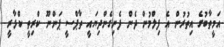
އަމީތާބުގެ އިތުރުން އެ ފިލްމުން ދެން ފެނިގެންދިޔައީ ތާޕްސީ ޕަންނޫ ކްރިތީ ކްޅާރީ